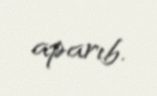
aparıb.